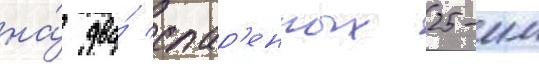
на́ два́ спар'енных 25-мм